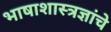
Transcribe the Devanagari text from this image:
भाषाशास्त्रज्ञांचे